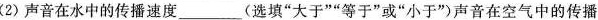
(2)声音在水中的传播速度___(选填”大于””等于”或”小于”)声音在空气中的传播